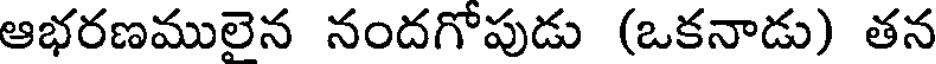
ఆభరణములైన నందగోపుడు (ఒకనాడు) తన